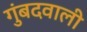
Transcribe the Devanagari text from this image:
गुंबदवाली